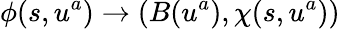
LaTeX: \phi(s,u^{a})\rightarrow\left(B(u^{a}),\chi(s,u^{a})\right)